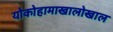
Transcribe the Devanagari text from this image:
योकोहामाखालोखाल